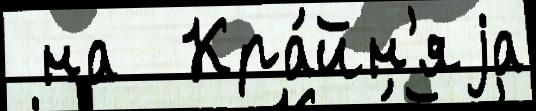
 на  Кра́йн'яjа